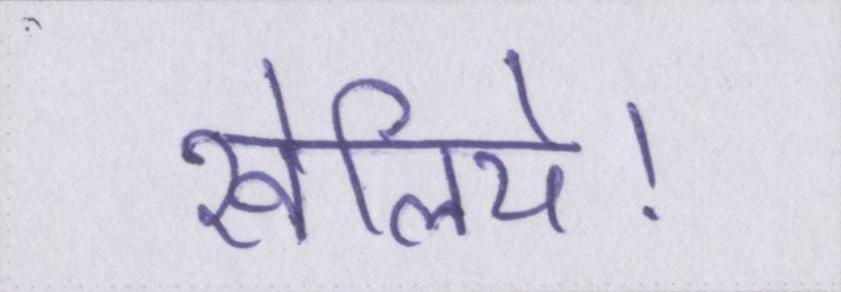
खेलिये।